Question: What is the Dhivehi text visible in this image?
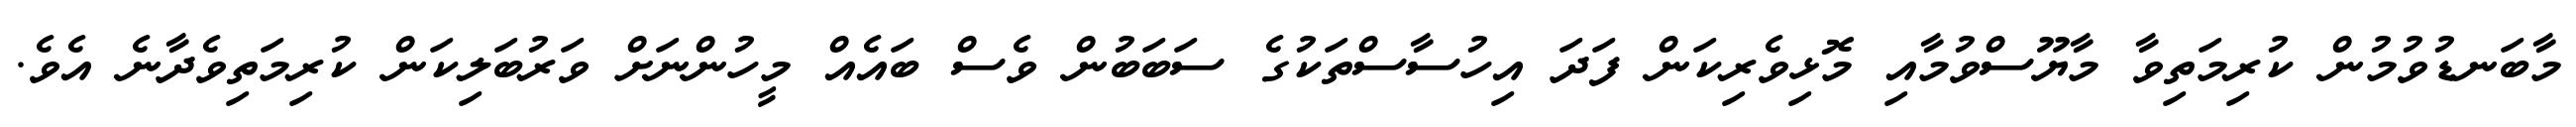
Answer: މާބަނޑުވުމުން ކުރިމަތިވާ މާޔޫސްވުމާއި މޮޅިވެރިކަން ފަދަ އިހުސާސްތަކުގެ ސަބަބުން ވެސް ބައެއް މީހުންނަށް ވަރުބަލިކަން ކުރިމަތިވެދާނެ އެވެ.